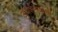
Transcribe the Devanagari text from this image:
अर्थशास्त्राशी